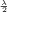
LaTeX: \scriptstyle { \frac { \lambda } { 2 } }